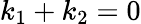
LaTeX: k_{1}+k_{2}=0